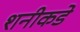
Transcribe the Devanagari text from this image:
शनीकडे